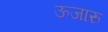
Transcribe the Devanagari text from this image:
ऊजारु